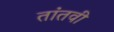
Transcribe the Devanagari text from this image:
तांतवी